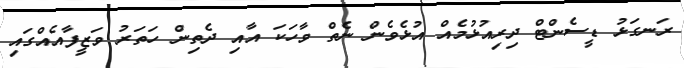
ރަނގަޅު ޑީސެންޓް ދިރިއުޅުމެއް އުޅެވެން ނެތް ވާހަކަ އާއި ދެތިން ހަތަރު ވަޒީފާއެއްގައި